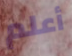
أعلم